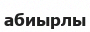
абиырлы